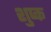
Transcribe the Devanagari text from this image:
शुप्क